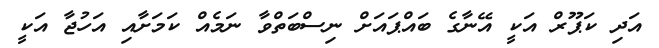
އަދި ކަޕޫރް އަކީ އޭނާގެ ބައްޕައަށް ނިސްބަތްވާ ނަމެއް ކަމަށާއި އަހުޖާ އަކީ